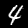
Digit: 4